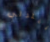
بيترلي